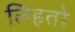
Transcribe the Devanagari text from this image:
लिहतो